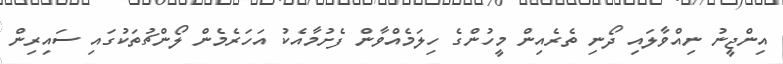
އިންޖީނު ނިއްވާލައި ދޯނި ތެރެއިން މީހުންގެ ހިލަމެއްވާން ފެށުމާއެކު އަހަރެމެން ލޯންޗުތަކުގައި ސައިރިން